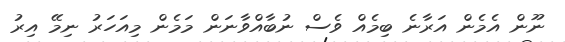
ނޫން އެމެން އަރާނެ ބިމެއް ވެސް ނުބާއްވާނަން މަމެން މިއަހަރު ނިމޭ އިރު